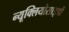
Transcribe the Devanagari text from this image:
न्यूक्लियोसाइडों